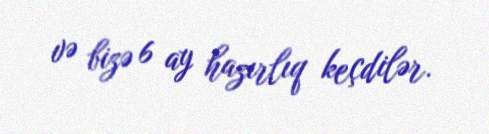
və bizə 6 ay hazırlıq keçdilər.